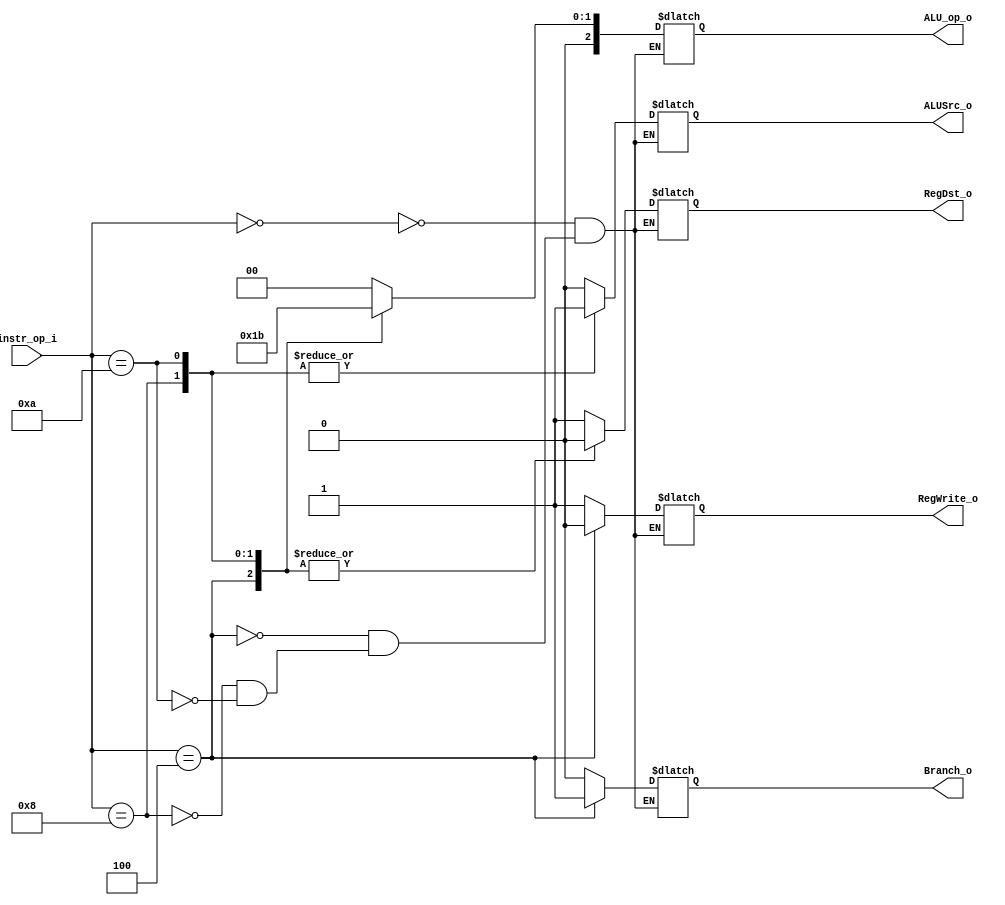
//Subject:     CO project 2 - Decoder
//--------------------------------------------------------------------------------
//Version:     1
//--------------------------------------------------------------------------------
//Writer:      Luke
//----------------------------------------------
//Date:        
//----------------------------------------------
//Description: 
//--------------------------------------------------------------------------------
`timescale 1ns/1ps
module Decoder(
    instr_op_i,
	RegWrite_o,
	ALU_op_o,
	ALUSrc_o,
	RegDst_o,
	Branch_o
	);
     
//I/O ports
input  [6-1:0] instr_op_i;

output         RegWrite_o;
output [3-1:0] ALU_op_o;
output         ALUSrc_o;
output         RegDst_o;
output         Branch_o;
 
//Internal Signals
reg    [3-1:0] ALU_op_o;
reg            ALUSrc_o;
reg            RegWrite_o;
reg            RegDst_o;
reg            Branch_o;

//Parameter


//Main function

always@(*) begin
    case (instr_op_i)
        6'd0: begin //R-type: add -- sub -- and -- or -- slt
            RegDst_o = 1;
            ALU_op_o <= 3'd0;
            ALUSrc_o = 0;
            Branch_o = 0;
            RegWrite_o = 1;        
        end
        6'd4: begin //beq
            RegDst_o = 0;
            ALU_op_o <= 3'd1;
            ALUSrc_o = 0;
            Branch_o = 1;
            RegWrite_o = 0;         
        end
        6'd8: begin //addi
            RegDst_o = 0;
            ALU_op_o <= 3'd2;
            ALUSrc_o = 1;
            Branch_o = 0;
            RegWrite_o = 1;        
        end
        6'd10: begin //slti
            RegDst_o = 0;
            ALU_op_o <= 3'd3;
            ALUSrc_o = 1;
            Branch_o = 0;
            RegWrite_o = 1;        
        end
        
    endcase  
end
endmodule